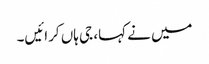
میں نے کہا، جی ہاں کرائیں۔